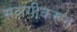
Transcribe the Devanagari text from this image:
सलगीकरून